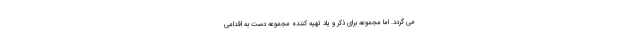
می گردد. اما مجموعه برای ذکر و یاد تهیه کننده مجموعه دست به اقدامی